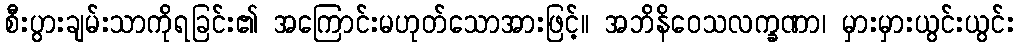
စီးပွားချမ်းသာကိုရခြင်း၏ အကြောင်းမဟုတ်သောအားဖြင့်။ အဘိနိဝေသလက္ခဏာ၊ မှားမှားယွင်းယွင်း